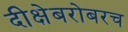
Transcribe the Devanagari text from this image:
दीक्षेबरोबरच